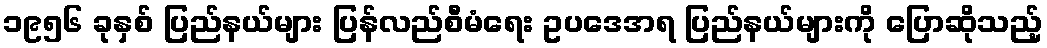
၁၉၅၆ ခုနှစ် ပြည်နယ်များ ပြန်လည်စီမံရေး ဥပဒေအရ ပြည်နယ်များကို ပြောဆိုသည့်